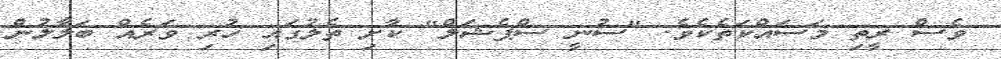
ވެސް ރީތި މަސައްކަތެކެވެ. "ސުނީ ސްޕެޝަލް" ކާށި ތެލުގައި ހުރި ވަރެއް ބަލާލުން